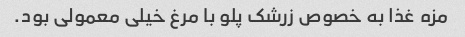
مزه غذا به خصوص زرشک پلو با مرغ خیلی معمولی بود.